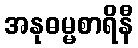
အနုဓမ္မစာရိနီ